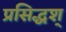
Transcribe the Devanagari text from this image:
प्रसिद्धश्